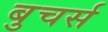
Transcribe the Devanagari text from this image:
बुचर्स